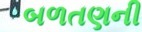
બળતણની